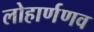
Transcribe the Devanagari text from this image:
लोहार्णणव